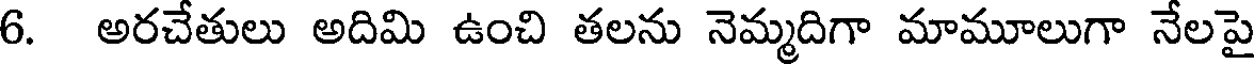
6. అరచేతులు అదిమి ఉంచి తలను నెమ్మదిగా మామూలుగా నేలపై